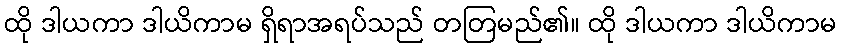
ထို ဒါယကာ ဒါယိကာမ ရှိရာအရပ်သည် တတြမည်၏။ ထို ဒါယကာ ဒါယိကာမ